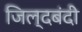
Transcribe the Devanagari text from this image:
जिल्दबंदी